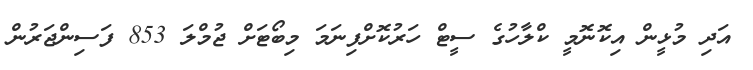
އަދި މުޅީން އިކޮނޮމީ ކްލާހުގެ ސީޓް ހަރުކޮށްފިނަމަ މިބޯޓަށް ޖުމްލަ 853 ފަސިންޖަރުން